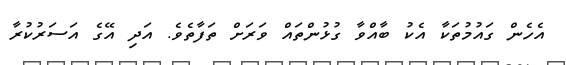
އެހެން ގައުމުތަކާ އެކު ބާއްވާ ގުޅުންތައް ވަރަށް ތަފާތެވެ. އަދި އޭގެ އަސަރުކުރާާ